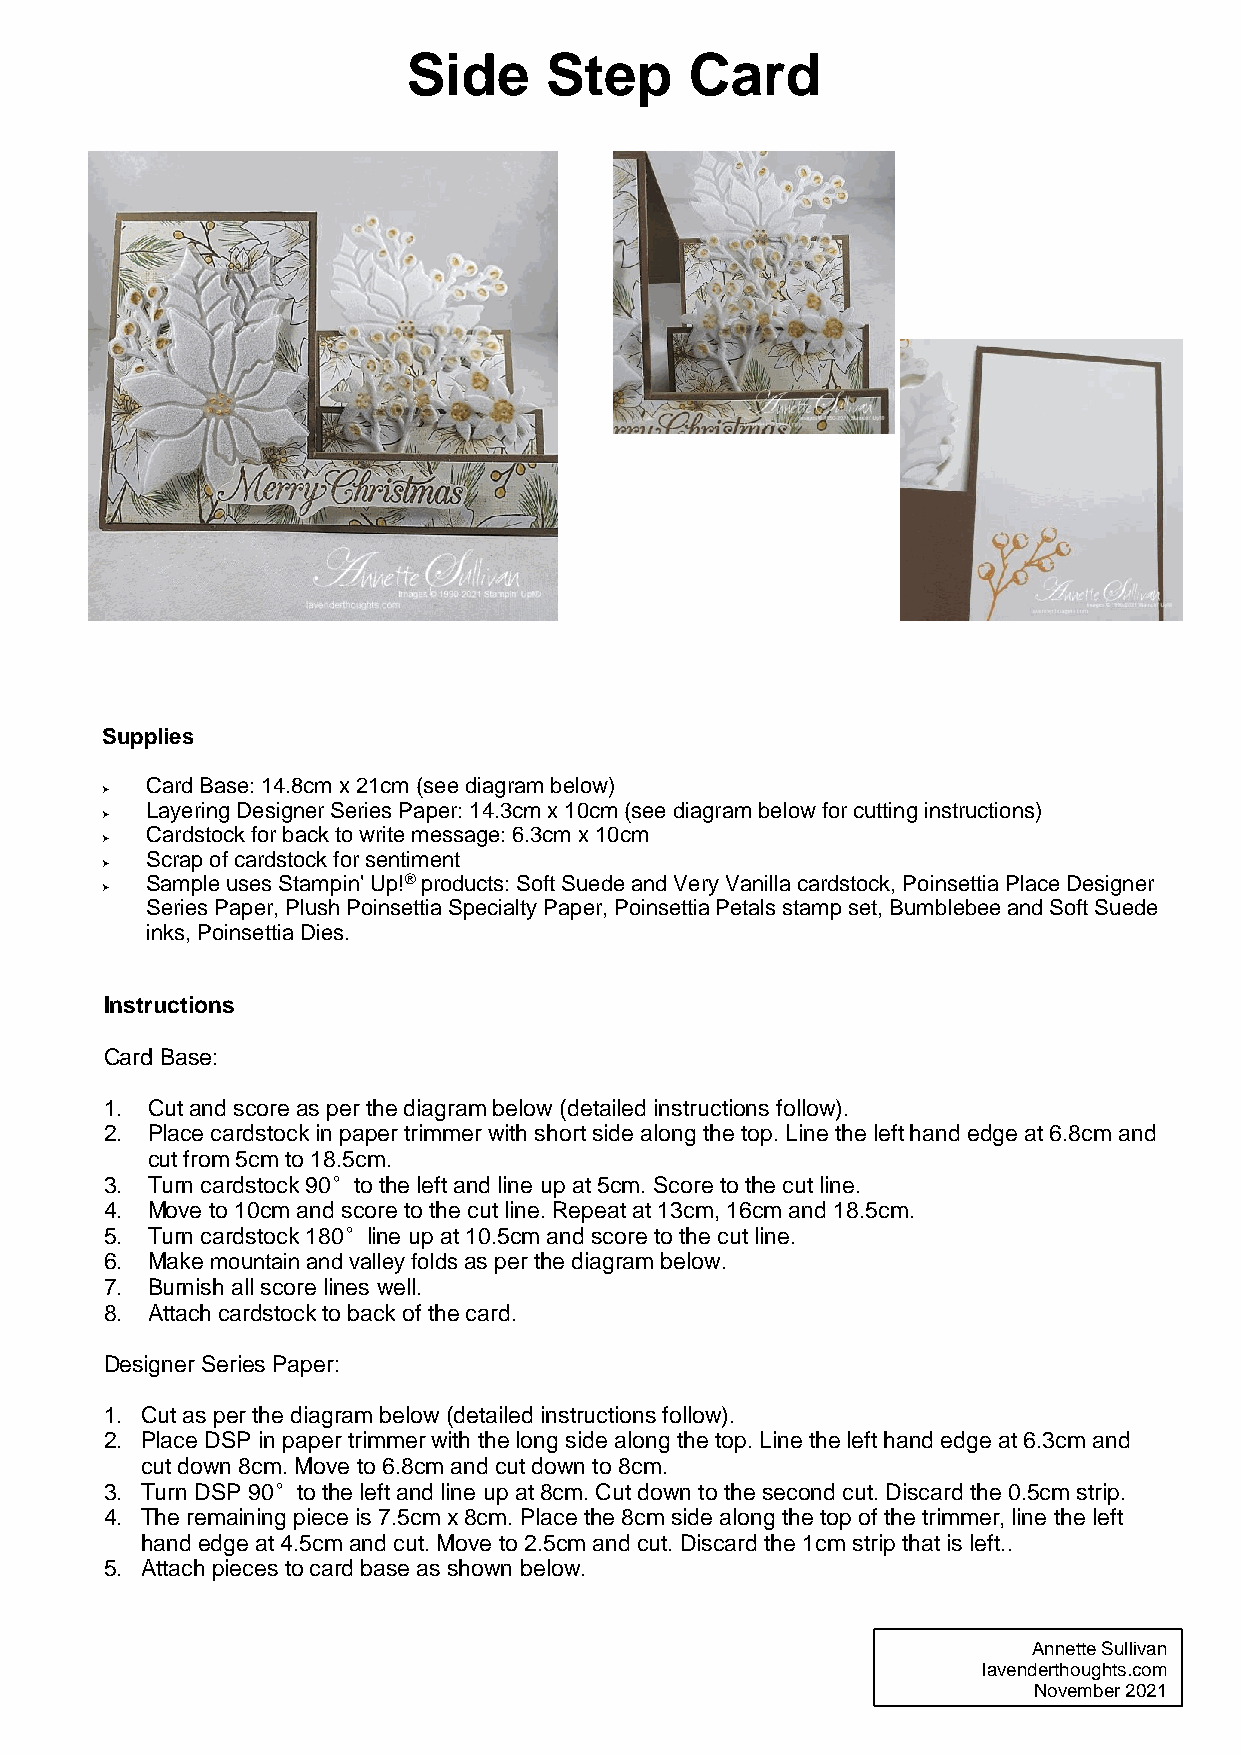
Side     Step      Card
 Supplies
 Card Base: 14.8cm x 21cm (see diagram below)
 ➢
 Layering Designer Series Paper: 14.3cm x 10cm (see diagram below for cutting instructions)
 ➢
 Cardstock for back to write message: 6.3cm x 10cm
 ➢
 Scrap of cardstock for sentiment
 ➢
 Sample uses Stampin' Up!®products: Soft Suede and Very Vanilla cardstock, Poinsettia Place Designer
 ➢
 Series Paper, Plush Poinsettia Specialty Paper, Poinsettia Petals stamp set, Bumblebee and Soft Suede
 inks, Poinsettia Dies.
 Instructions
 Card Base:
 1. Cut and score as per the diagram below (detailed instructions follow).
 2. Place cardstock in paper trimmer with short side along the top. Line the left hand edge at 6.8cm and
 cut from 5cm to 18.5cm.
 3. Turn cardstock 90°to the left and line up at 5cm. Score to the cut line.
 4. Move to 10cm and score to the cut line. Repeat at 13cm, 16cm and 18.5cm.
 5. Turn cardstock 180°line up at 10.5cm and score to the cut line.
 6. Make mountain and valley folds as per the diagram below.
 7. Burnish all score lines well.
 8. Attach cardstock to back of the card.
 Designer Series Paper:
 1. Cut as per the diagram below (detailed instructions follow).
 2. Place DSP in paper trimmer with the long side along the top. Line the left hand edge at 6.3cm and
 cut down 8cm. Move to 6.8cm and cut down to 8cm.
 3. Turn DSP 90°to the left and line up at 8cm. Cut down to the second cut. Discard the 0.5cm strip.
 4. The remaining piece is 7.5cm x 8cm. Place the 8cm side along the top of the trimmer, line the left
 hand edge at 4.5cm and cut. Move to 2.5cm and cut. Discard the 1cm strip that is left..
 5. Attach pieces to card base as shown below.
 Annette Sullivan
 lavenderthoughts.com
 November 2021